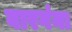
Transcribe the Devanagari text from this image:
वारगंना